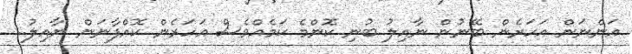
އަންނަން އަހަރެން ބޭނުން ނާއިލު ބުނި ކޮންމެ ކަމެއްވެސް އަހަރެން ކޮއްފާނަން ނާއިލު..